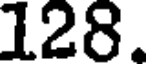
128.